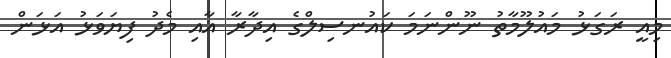
މިއީ ރަގަޅު މައުލޫމާތު ނޫންނަމަ ކައުނސިލްގެ އިދާރާ އާއި މެދު ފިޔަވަޅު އަޅަން